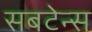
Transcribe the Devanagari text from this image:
सबटेन्स